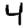
Digit: 4